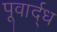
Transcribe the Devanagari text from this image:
पूवार्द्ध